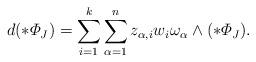
LaTeX: \begin{align*}d(*\varPhi_J) = \sum_{i = 1}^k \sum_{\alpha=1}^n z_{\alpha,i} w_i \omega_\alpha \wedge (*\varPhi_J).\end{align*}